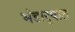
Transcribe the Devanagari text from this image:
भंडार्‍यात